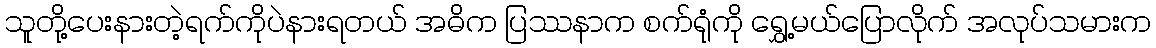
သူတို့ပေးနားတဲ့ရက်ကိုပဲနားရတယ် အဓိက ပြဿနာက စက်ရုံကို ရွှေ့မယ်ပြောလိုက် အလုပ်သမားက